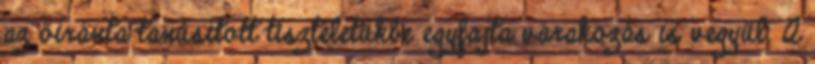
az őiránta tanúsított tiszteletükbe egyfajta várakozás is vegyül. A